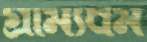
গ্রাম্যধর্ম